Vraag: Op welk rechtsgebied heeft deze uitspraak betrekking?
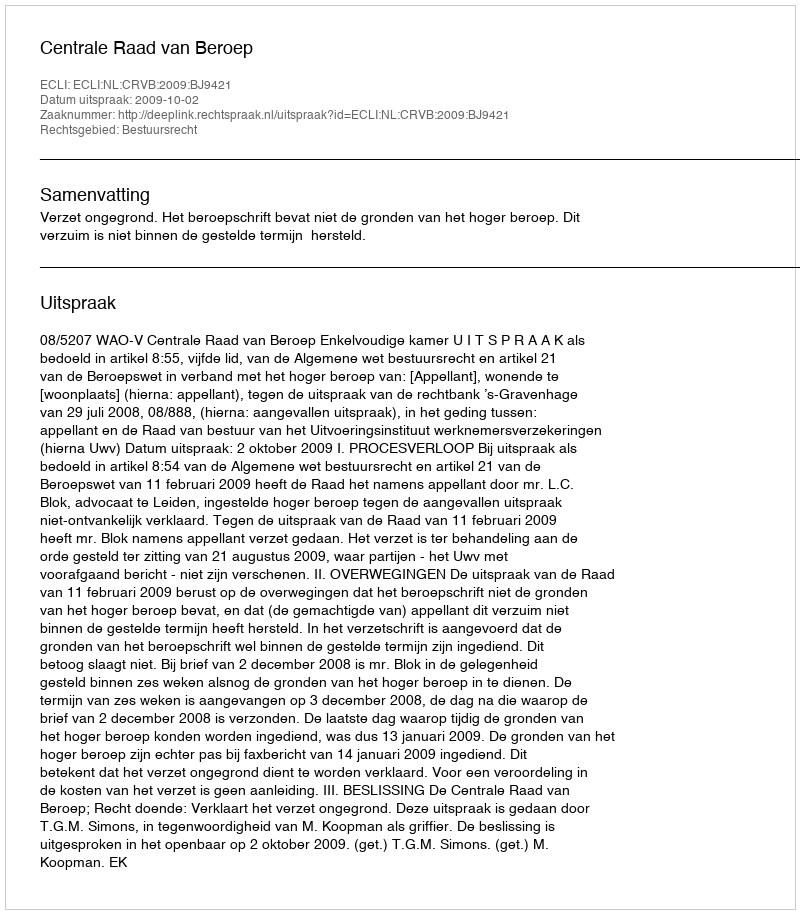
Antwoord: Bestuursrecht